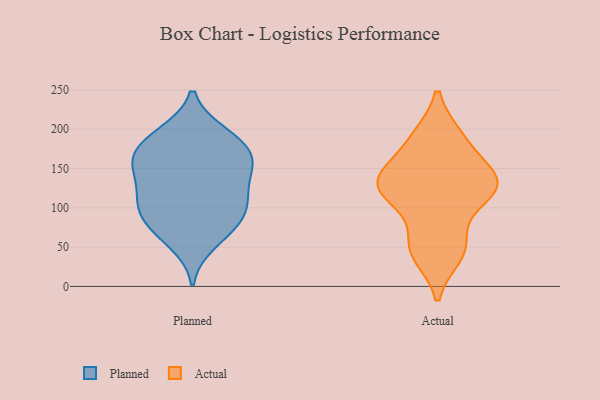
{"axis": {"x": "Humidity (%)", "y": "Value"}, "legend": ["Actual", "Planned"], "data": [{"x": "", "y": 185, "type": "Planned"}, {"x": "", "y": 156, "type": "Planned"}, {"x": "", "y": 109, "type": "Planned"}, {"x": "", "y": 124, "type": "Planned"}, {"x": "", "y": 156, "type": "Planned"}, {"x": "", "y": 56, "type": "Planned"}, {"x": "", "y": 146, "type": "Planned"}, {"x": "", "y": 113, "type": "Planned"}, {"x": "", "y": 191, "type": "Planned"}, {"x": "", "y": 162, "type": "Planned"}, {"x": "", "y": 93, "type": "Planned"}, {"x": "", "y": 98, "type": "Planned"}, {"x": "", "y": 166, "type": "Planned"}, {"x": "", "y": 72, "type": "Planned"}, {"x": "", "y": 79, "type": "Planned"}, {"x": "", "y": 194, "type": "Planned"}, {"x": "", "y": 115, "type": "Actual"}, {"x": "", "y": 136, "type": "Actual"}, {"x": "", "y": 40, "type": "Actual"}, {"x": "", "y": 190, "type": "Actual"}, {"x": "", "y": 126, "type": "Actual"}, {"x": "", "y": 128, "type": "Actual"}, {"x": "", "y": 190, "type": "Actual"}, {"x": "", "y": 113, "type": "Actual"}, {"x": "", "y": 153, "type": "Actual"}, {"x": "", "y": 59, "type": "Actual"}, {"x": "", "y": 47, "type": "Actual"}, {"x": "", "y": 140, "type": "Actual"}]}